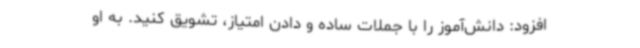
افزود: دانش‌آموز را با جملات ساده و دادن امتیاز، تشویق کنید. به او